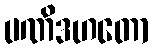
ပဏိဒဟတော